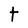
Character: t